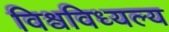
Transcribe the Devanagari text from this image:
विश्वविध्यल्य